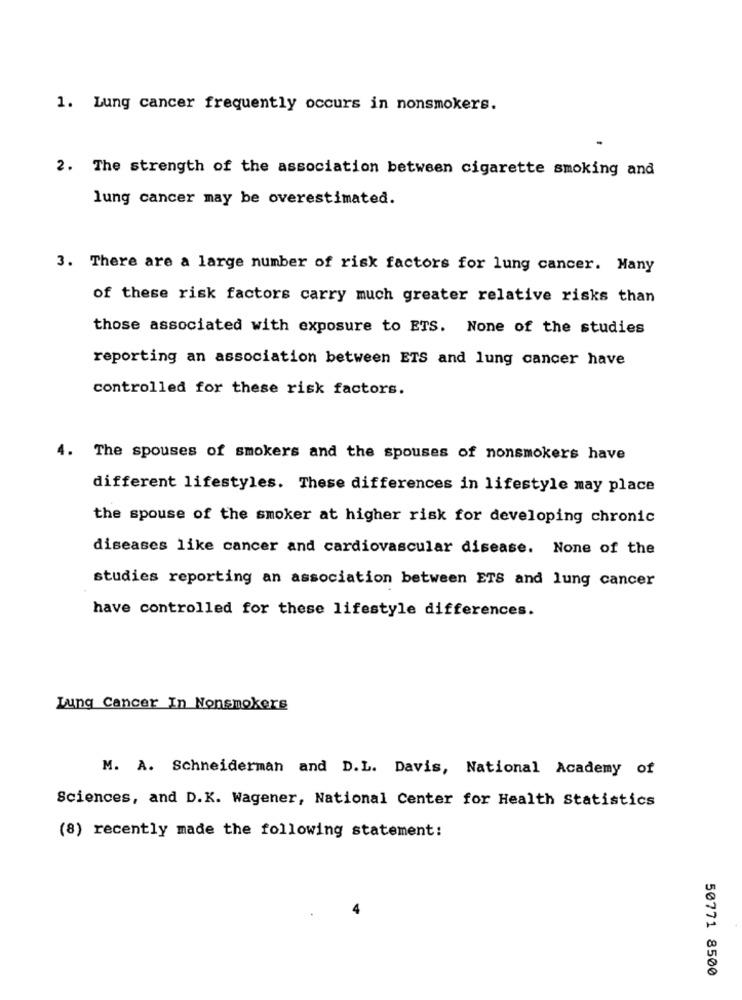
1. Lung cancer frequently occurs in nonsmokers.
2. The strength of the association between cigarette smoking and
lung cancer may be overestimated.
3. There are a large number of risk factors for lung cancer. Many
of these risk factors carry much greater relative risks than
those associated with exposure to ETS. None of the studies
reporting an association between ETS and lung cancer have
controlled for these risk factors.
4.
The spouses of smokers and the spouses of nonsmokers have
different lifestyles. These differences in lifestyle may place
the spouse of the smoker at higher risk for developing chronic
diseases like cancer and cardiovascular disease. None of the
studies reporting an association between ETS and lung cancer
have controlled for these lifestyle differences.
Lung Cancer In Nonsmokers
M. A. Schneiderman and D.L. Davis, National Academy of
Sciences, and D.K. Wagener, National Center for Health Statistics
(8) recently made the following statement:
50771 8500